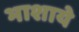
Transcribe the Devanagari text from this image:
भाशाये